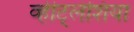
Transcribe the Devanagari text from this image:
व्हीट्लेशिया